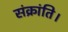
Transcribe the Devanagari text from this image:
संक्रांति।